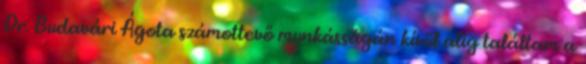
Dr. Budavári Ágota számottevő munkásságán kívül alig találtam a